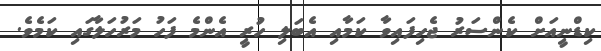
ކިޑްނީއަށް ކެންސަރު ޖެހިފައިވާ ކަމާއި އެބަލި ހުރީ އެންމެ ފަހު މަރުހަލާގައި ކަމެވެ.